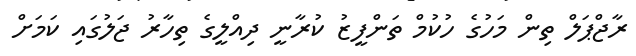
ރާޖްޕަލް ތިން މަހުގެ ހުކުމް ތަންފީޒު ކުރާނީ ދިއްލީގެ ތިހާރު ޖަލުގައި ކަމަށް